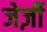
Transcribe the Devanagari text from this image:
जेर्ज़ी